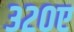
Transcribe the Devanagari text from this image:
३२०ए